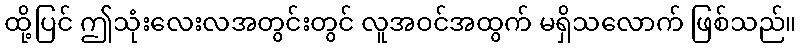
ထို့ပြင် ဤသုံးလေးလအတွင်းတွင် လူအဝင်အထွက် မရှိသလောက် ဖြစ်သည်။